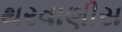
થરવાણીસ